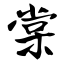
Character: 棠